Annual administration report of the Civil Veterinary Department of India - 1906-1907
Year: 1906
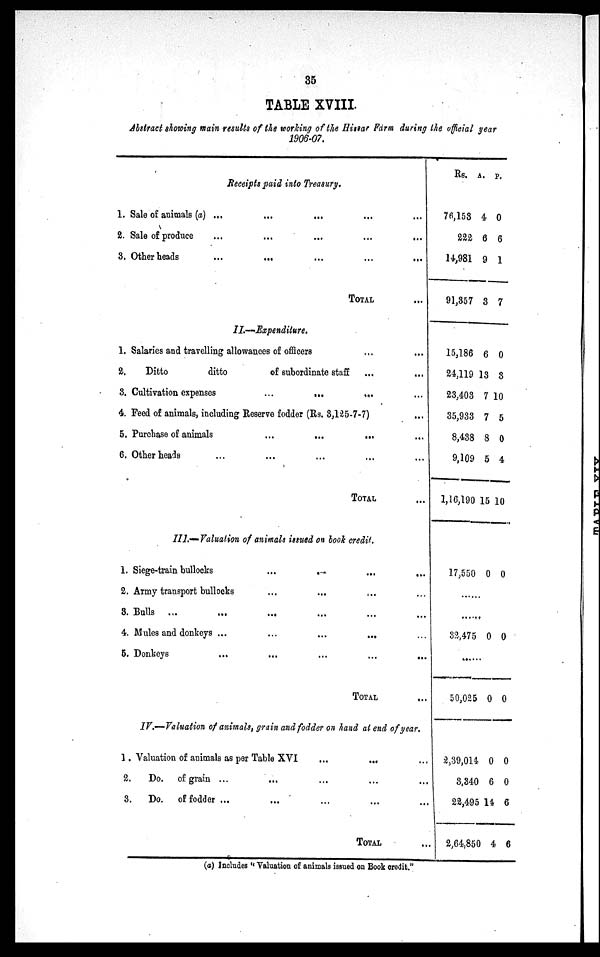
35
TABLE XVIII.
Abstract showing main results of the working of the Hissar Farm during the official year
1906-07.
Receipts paid into Treasury.
1. Sale of animals (a) ... ... ... ... ...
2. Sale of produce ... ... ... ... ...
3. Other heads
...
...
...
...
...
TOTAL ...
II.—Expenditure.
1. Salaries and travelling allowances of officers ... ...
2.
Ditto
ditto
of subordinate staff ... ...
3. Cultivation expenses
...
...
...
...
4. Feed of animals, including Reserve fodder (Rs. 3,125-7-7) ...
5. Purchase of animals
...
...
... ...
6. Other heads
...
...
...
...
...
TOTAL ...
III.—Valuation of animals issued on book credit.
1. Siege-train bullocks ... ... ... ...
2. Army transport bullocks ... ... ... ...
8. Bulls ...
...
... ...
4. Mules and donkeys ...
...
...
...
5. Donkeys ... ... ... ... ...
TOTAL ...
IV.—Valuation
of animals, grain and fodder on hand at end of year.
1. Valuation of animals as per Table XVI
...
... ...
2.
Do. of grain ... ... ... ... ...
3.
Do. of fodder ... ... ... ... ...
TOTAL ...
Rs.
76,153
222
14,981
91,357
15,186
24,119
23,403
35,933
8,438
9,109
1,16,190
17,550
......
......
32,475
50,025
2,39,014
3,340
22,495
2,64,850
A.
4
6
9
3
6
13
7
7
8
5
15
0
0
0
0
6
14
4
P.
0
6
1
7
0
3
10
5
0
4
10
0
0
0
0
0
6
6
(a) Includes "Valuation of animals issued on Book credit."